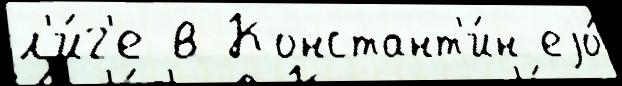
л'и́г'е в Констант'и́н еjо́